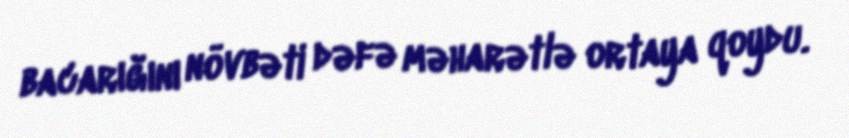
bacarığını növbəti dəfə məharətlə ortaya qoydu.